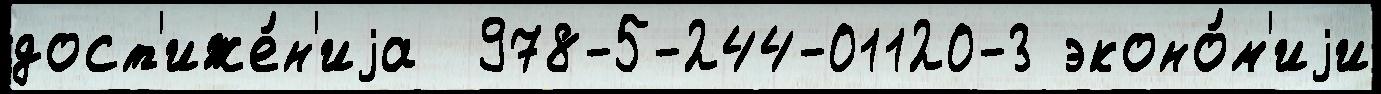
дост'иже́н'иjа  978-5-244-01120-3 эконо́м'иjи